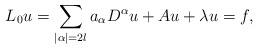
LaTeX: \begin{align*}\ L_{0}u=\sum\limits_{\left\vert \alpha \right\vert =2l}a_{\alpha }D^{\alpha}u+Au+\lambda u=f, \end{align*}